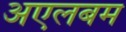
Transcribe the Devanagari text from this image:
अएलबम